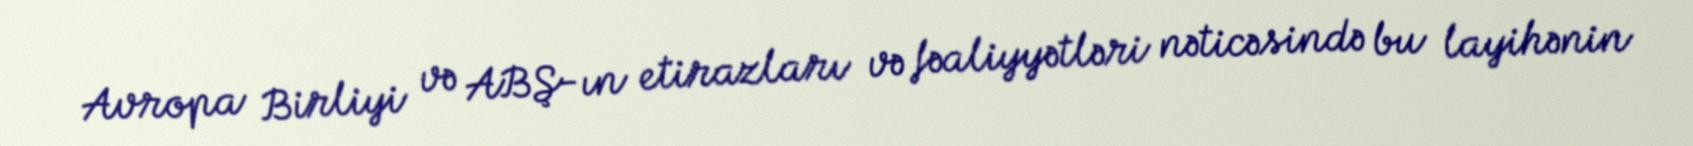
Avropa Birliyi və ABŞ-ın etirazları və fəaliyyətləri nəticəsində bu layihənin